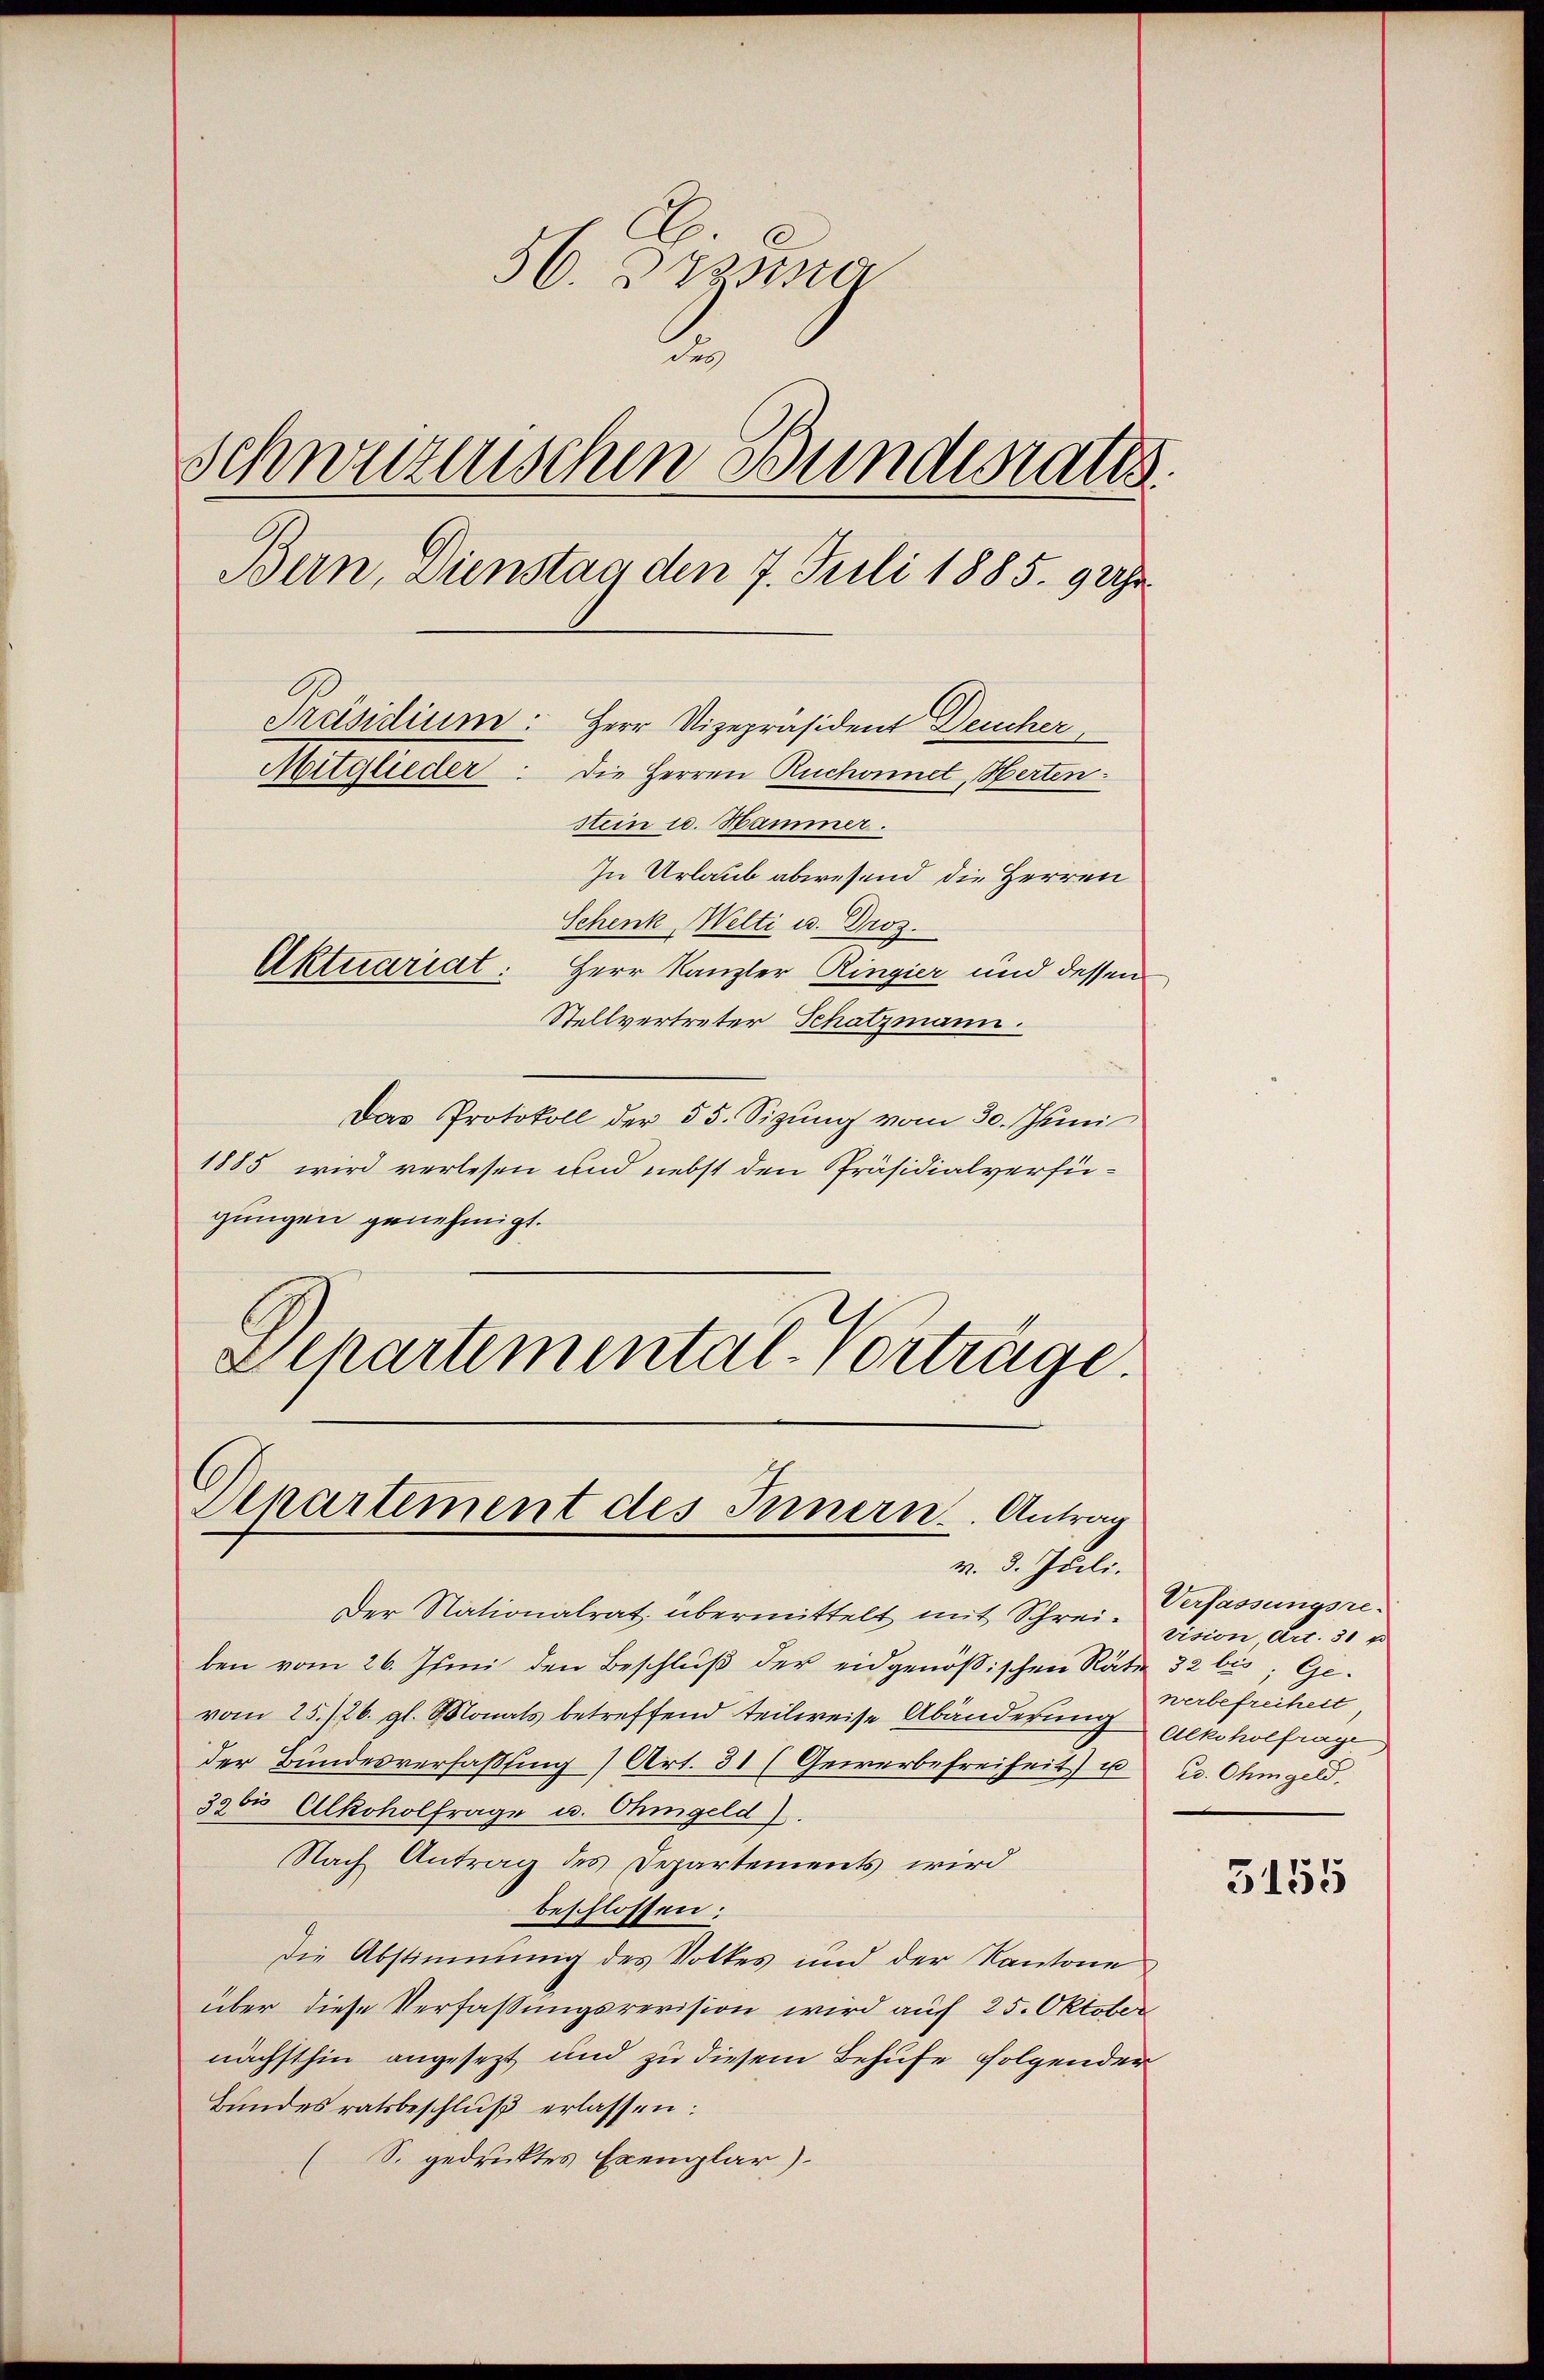
56. Diensta
2
Schweizerischen Bundesrates.
Bern, Dienstan den 7. Juli 1885. 9 Uhr.
Präsidium: Herr Vizepräsident Deucher
Mitglieder
Die Herren Ruchonnet, Berten.
stein u. Hammer.

In Urlaub abwesend die Herren
Schenk Welti u. Droz.
Aktuariat: Herr Kanzler Ringier und dessen
Stellvertreter Schatzmann.
Das Protokoll der 55. Sizung vom 30. Junii
1885 wird verlesen und nebst den Präsidialverfügungen genehmigt.
Elhartemental-Vorträge.

Departement des Innern. Antrag
v. 8. Juli.

Der Nationalrat übermittelt mit Schreiben vom 26. Juni den Beschluß der eidgenößischen Räte 32 bis, Gevom 25./26. gl. Monats betreffend teilweise Abänderung Alkoholfrage
der Bundesverfassung Art. 31 (Gewerbefreiheit) u u. Ohmgeld.
39 bis Alkoholfrage u. Ohmgeld).
Nach Antrag des Departements wird
beschlossen:
Die Abstimmung des Volkes und der Kantone
über diese Verfassungsrevision wird auf 25. Oktober
nächsthin angesezt und zu diesem Behufe folgender
Bundesratsbeschluß erlassen:
S. gedrucktes Exemplar)

Verfassungsre
vision, Art. 30 x
werbefreiheit,

3155